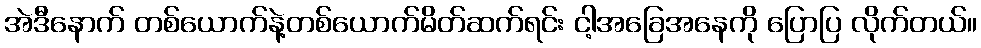
အဲဒီနောက် တစ်ယောက်နဲ့တစ်ယောက်မိတ်ဆက်ရင်း ငါ့အခြေအနေကို ပြောပြ လိုက်တယ်။